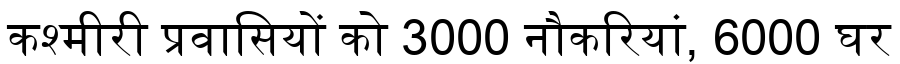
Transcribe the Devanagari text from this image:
कश्मीरी प्रवासियों को 3000 नौकरियां, 6000 घर